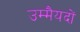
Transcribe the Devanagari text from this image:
उम्मैयदों